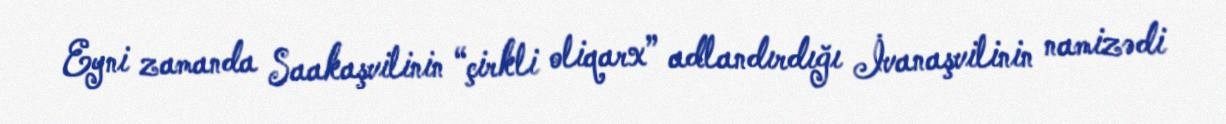
Eyni zamanda Saakaşvilinin “çirkli oliqarx” adlandırdığı İvanaşvilinin namizədi